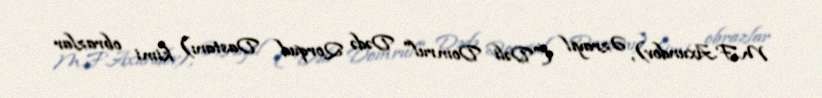
M.F.Axundov), Əzrayıl ("Dəli Domrul" Dədə Qorqud Dastanı) kimi obrazlar